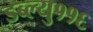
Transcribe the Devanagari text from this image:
डब्ल्यु११६